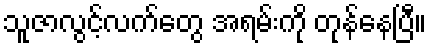
သူဇာလွင့်လက်တွေ အရမ်းကို တုန်နေပြီ။